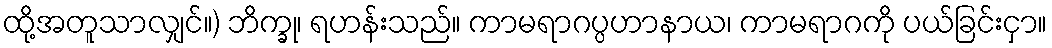
ထို့အတူသာလျှင်။) ဘိက္ခု၊ ရဟန်းသည်။ ကာမရာဂပ္ပဟာနာယ၊ ကာမရာဂကို ပယ်ခြင်းငှာ။